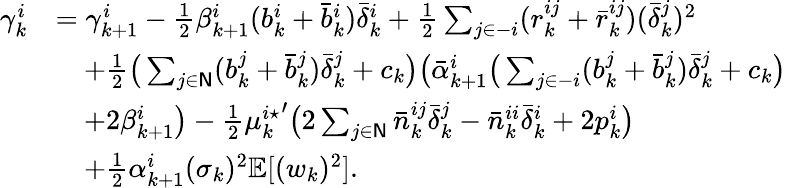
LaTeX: \begin{array}{rl}{\gamma_{k}^{i}}&{=\gamma_{k+1}^{i}-\frac{1}{2}\beta_{k+1}^{i}(b_{k}^{i}+\bar{b}_{k}^{i})\bar{\delta}_{k}^{i}+\frac{1}{2}\sum_{j\in-i}(r_{k}^{ij}+\bar{r}_{k}^{ij})(\bar{\delta}_{k}^{j})^{2}}\\ &{\quad+\frac{1}{2}\big(\sum_{j\in\mathsf{N}}(b_{k}^{j}+\bar{b}_{k}^{j})\bar{\delta}_{k}^{j}+c_{k}\big)\big(\bar{\alpha}_{k+1}^{i}\big(\sum_{j\in-i}(b_{k}^{j}+\bar{b}_{k}^{j})\bar{\delta}_{k}^{j}+c_{k}\big)}\\ &{\quad+2\beta_{k+1}^{i}\big)-\frac{1}{2}{\mu_{k}^{i\star}}^{\prime}\big(2\sum_{j\in\mathsf{N}}\bar{n}_{k}^{ij}\bar{\delta}_{k}^{j}-\bar{n}_{k}^{ii}\bar{\delta}_{k}^{i}+2p_{k}^{i}\big)}\\ &{\quad+\frac{1}{2}\alpha_{k+1}^{i}(\sigma_{k})^{2}\mathbb{E}[(w_{k})^{2}].}\end{array}